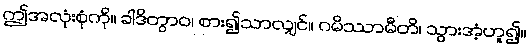
ဤအလုံးစုံကို။ ခါဒိတွာဝ၊ စား၍သာလျှင်။ ဂမိဿာမီတိ၊ သွားအံ့ဟူ၍။